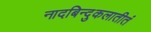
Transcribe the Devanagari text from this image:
नादबिन्दुकलातीतं